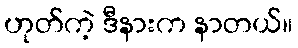
ဟုတ်ကဲ့ ဒီနားက နာတယ်။